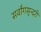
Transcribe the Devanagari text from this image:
सर्वांगसुन्दरी